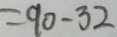
= 9 0 - 3 2